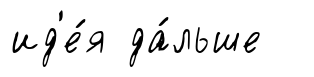
ид'е́я да́льше